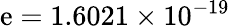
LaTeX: \mathrm{e}=1.6021\times10^{-19}